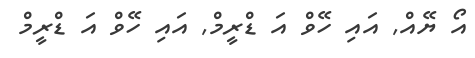
އޯ ޔޭއްް